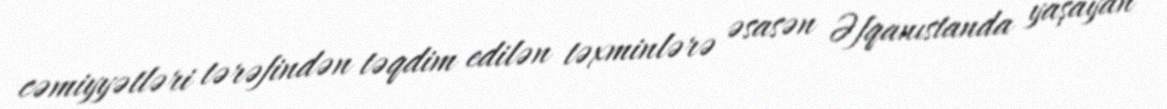
cəmiyyətləri tərəfindən təqdim edilən təxminlərə əsasən Əfqanıstanda yaşayan